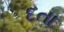
દતા